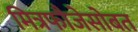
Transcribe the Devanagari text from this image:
मित्रफौजेसोबत